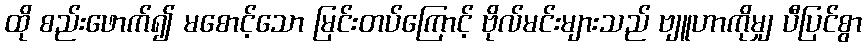
ထို စည်းဖောက်၍ မစောင့်သော မြင်းတပ်ကြောင့် ဗိုလ်မင်းများသည် ဗျူဟာကိုမျှ ပီပြင်စွာ